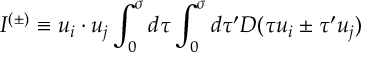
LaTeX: I ^ { ( \pm ) } \equiv u _ { i } \cdot u _ { j } \int _ { 0 } ^ { \sigma } d \tau \int _ { 0 } ^ { \sigma } d \tau ^ { \prime } D ( \tau u _ { i } \pm \tau ^ { \prime } u _ { j } )